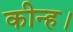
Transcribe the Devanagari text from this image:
कीन्‍ह।